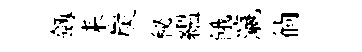
劔耒炭秘緼餓瀛徜